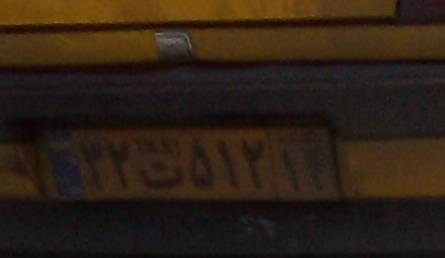
۳۲ت۵۱۲۱۴